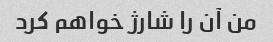
من آن را شارژ خواهم کرد